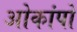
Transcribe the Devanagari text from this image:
ओकांपो